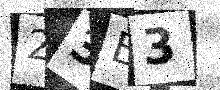
Text: 23E3